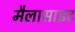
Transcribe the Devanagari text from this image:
मैलासाइट